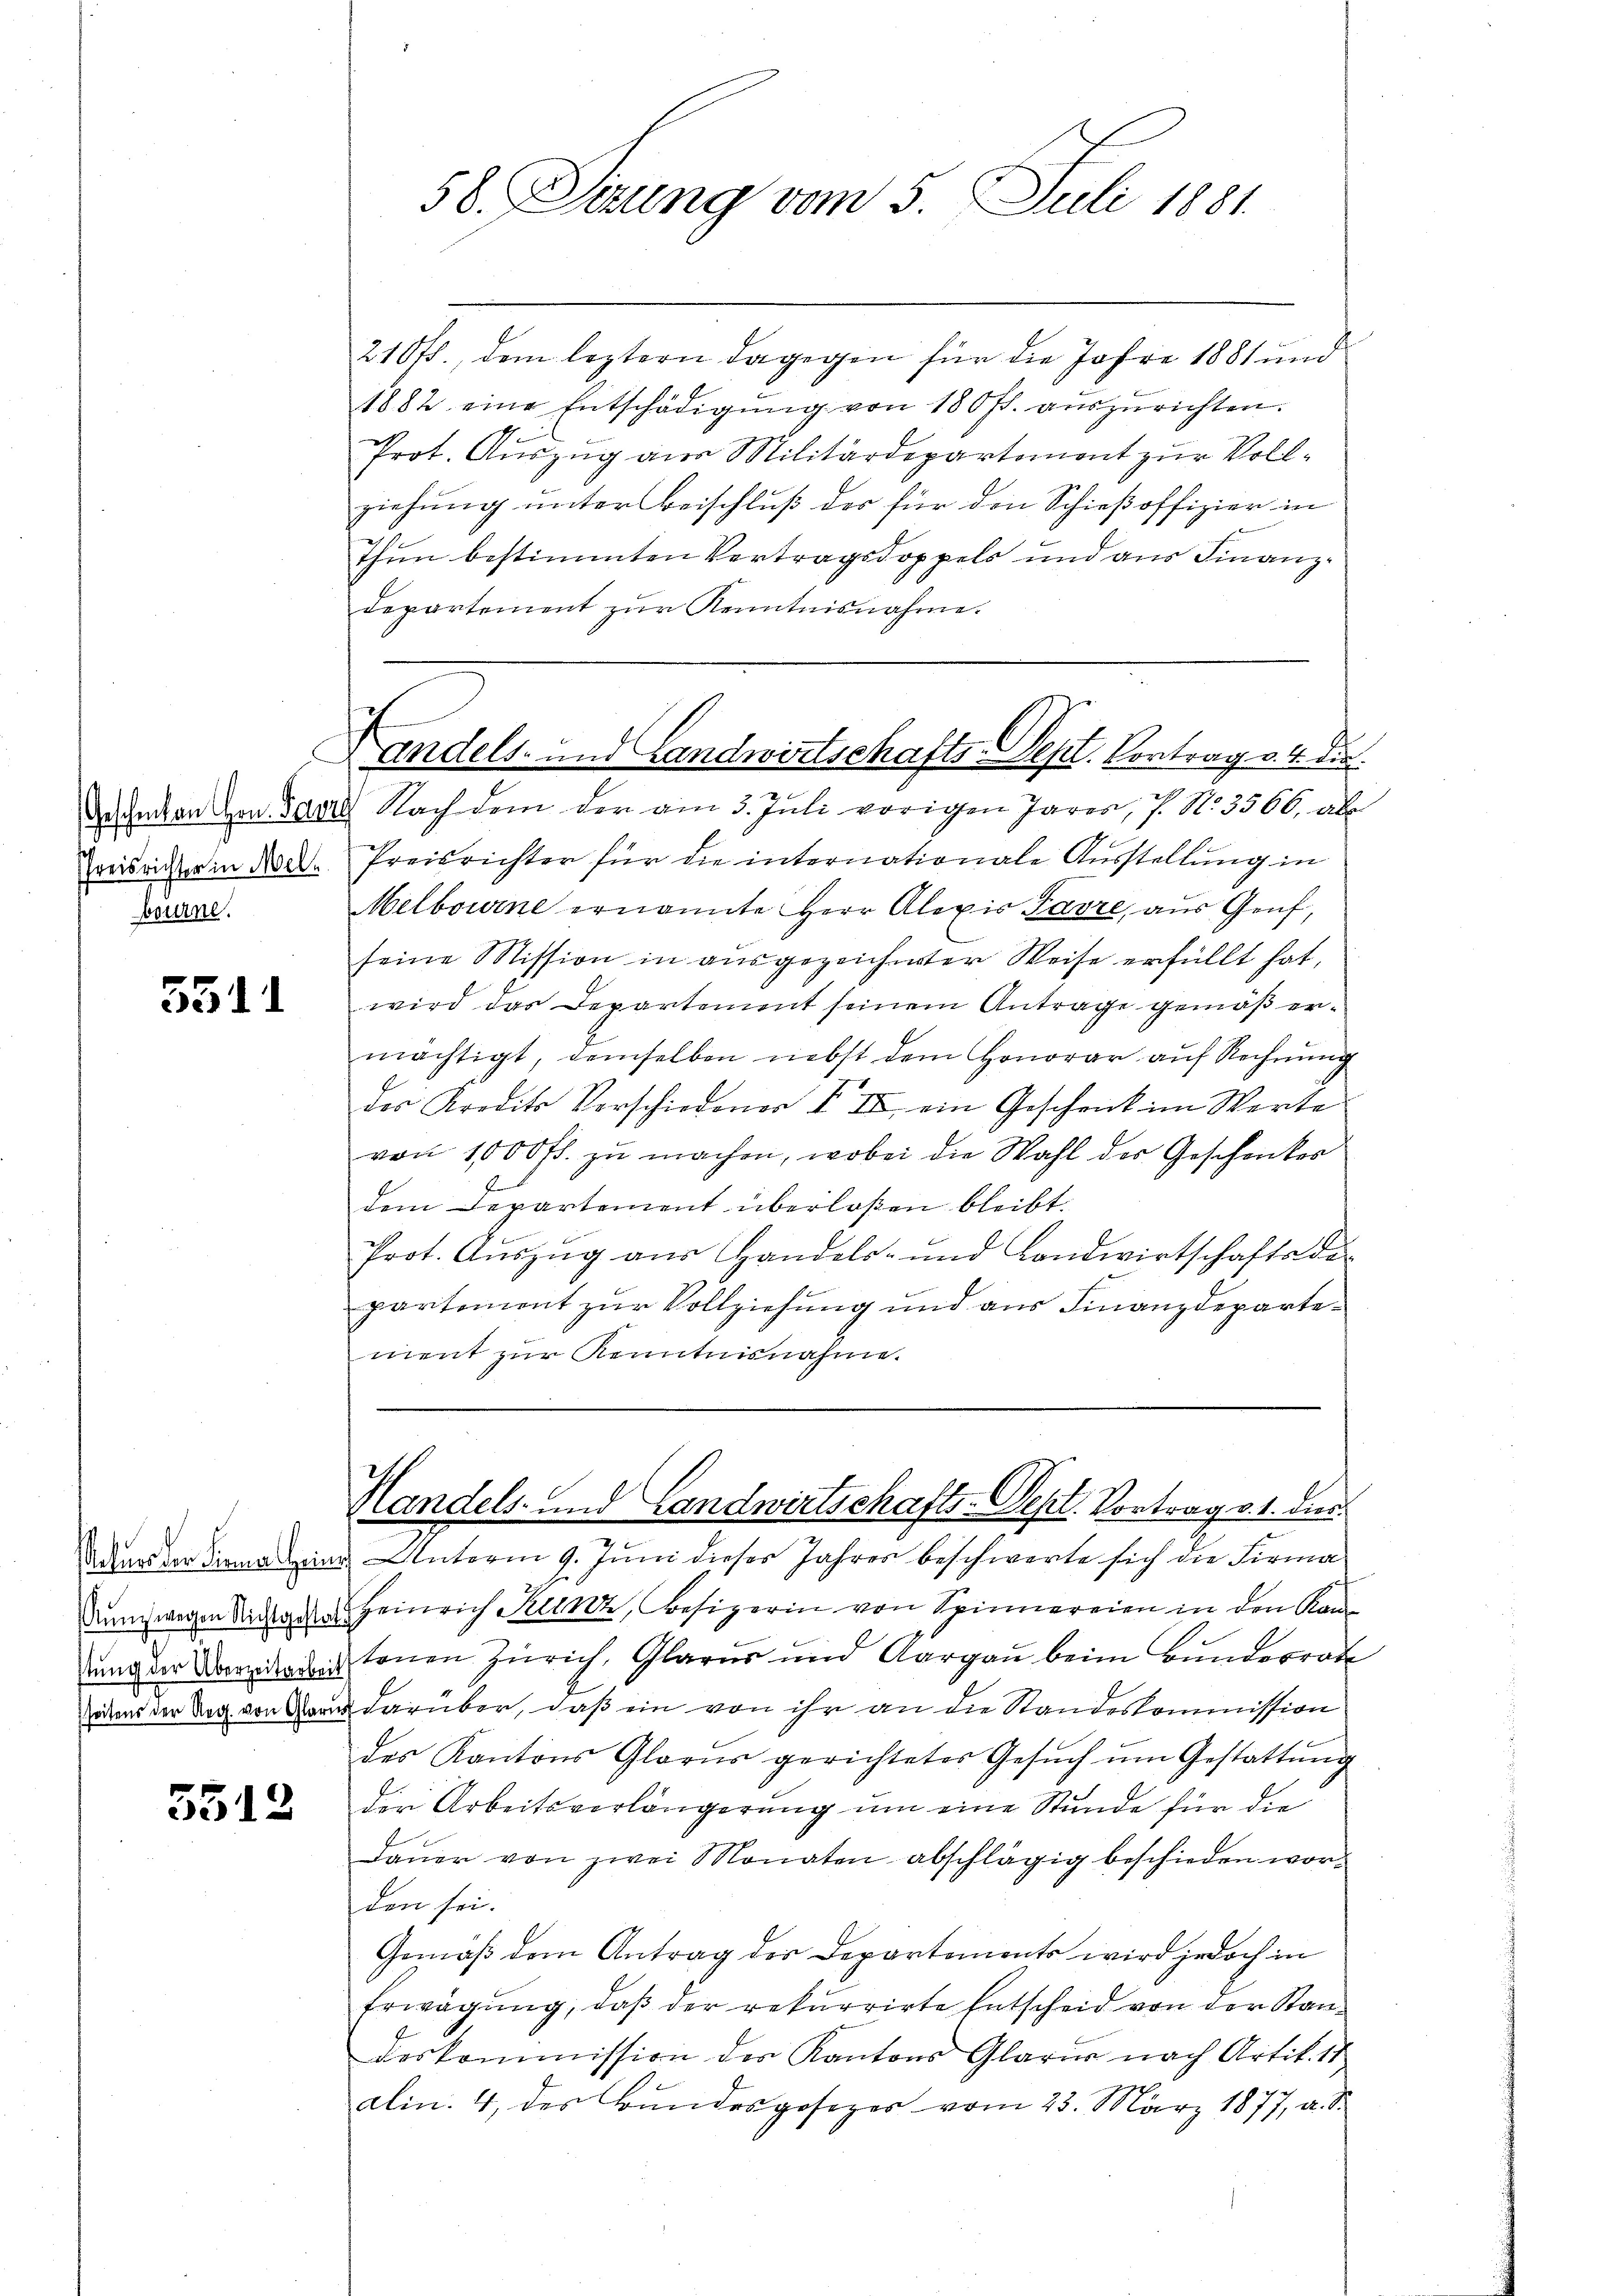
Preisrichter in Mel
bourne.

3511

seitens der Reg. von Glarus

3512

58. Serung vom 5. Juli 1881

210 fr., dem leztern dagegen für die Jahre 1881 und
1882 eine Entschädigŭng von 180 ff. aŭszŭrichten.
Prot. Auszug aus Militärdepartemont zur Vollziehung unter Beschluß der für den Schießoffizier in
Thun bestimmten Vertragsdoppels und aus Finanzdepartement zur Kenntnisnahme.
descenton von Paar Nach dem der am 5. Juli vorigen Jarer, 7. No. 3566, ab
Preisrichter für die internationale Ausstellung in
Melbourne ernannte Herr Alexis Favre, aus Genf,
seine Mission in ausgezeichneter Weise erfüllt hat,
wird das Departement seinem Antrage gemäß ermächtigt, demselben nebst dem Honorar auf Rechnung
des Kredito Vorschiedener VII ein Geschrick im Werte
von 1000 fl. zu machen, wobei die Wahl der Geschenkes
dem Departement überlassen bleibt.
Prot. Aŭszŭg aŭs Handels- und Landwirtschafts der
partement zur Vollziehung und aus Finanzdepartement zur Kenntnisnahme.
Handels- und Landwirtschafts-Dept. Vortrag v. 1. dies
Aders der Firma eine Unterm 9. Juni dieser Jahres beschwerte sich die Firma¬
Kunz wegen Saches Heinrich Kunz, Besizerin von Spinnereien in den Kanung der Daviderritonen Zürich, Glarus und Aargau beim Bundesrat
 darüber, daß ein von ihr an die Standeskommission
des Kantons Glarus gerichtetes Gesŭch ŭm Gestattŭng
Der Arbeitsverlängerung um eine Stunde für die
Daŭer von zwei Monaten abschlägig beschieden wor-
den sei.
Gemäß dem Antrag der Departements wird jedoch in
Erwägŭng, daβ der rekurrirte Entscheid von der Standeskommission der Kantons Glarus nach Artik. 11
alin. 4, des Bundesgesezes vom 23. März 1877, a. S.

Andels- und Landwirtschafts-Sept. Vortrag v. 4. die